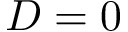
D = 0